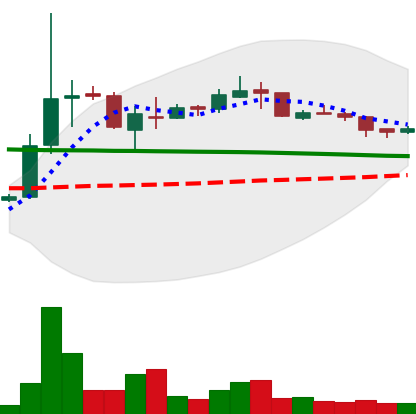
Ticker: XRP-USD
Chart end date: 2018-10-08
Forward return: -14.471%
Label: down_7plus